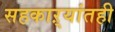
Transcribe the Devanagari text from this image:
सहकाऱ्यांतही